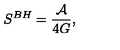
S ^ { B H } = { \frac { \cal A } { 4 G } } ,